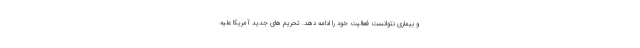
و بیماری نتوانست فعالیت خود را ادامه دهد. تحریم های جدید آمریکا علیه